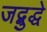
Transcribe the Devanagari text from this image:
जद्बुद्धे